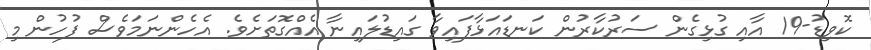
ކޮވިޑު-19 އާއި ގުޅިގެން ސަރުކާރުން ކަނޑައަޅާފައިވާ ގައިޑުލައިނާ އެއްގޮތަށެވެ. އެހެންނަމަވެސް ފުުހުން މި